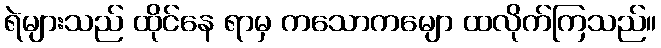
ရဲများသည် ထိုင်နေ ရာမှ ကသောကမျော ထလိုက်ကြသည်။